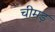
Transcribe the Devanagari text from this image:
चीमड़